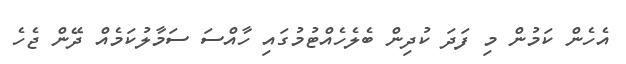
އެހެން ކަމުން މި ފަދަ ކުދިން ބެލެހެއްޓުމުގައި ހާއްސަ ސަމާލުކަމެއް ދޭން ޖެހެ